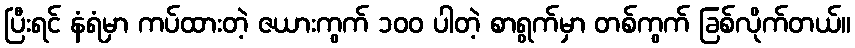
ပြီးရင် နံရံမှာ ကပ်ထားတဲ့ ဇယားကွက် ၁၀၀ ပါတဲ့ စာရွက်မှာ တစ်ကွက် ခြစ်လိုက်တယ်။